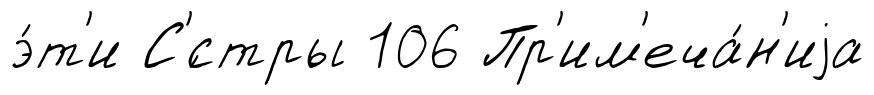
э́т'и С'́стры 106 Пр'им'еча́н'иjа